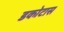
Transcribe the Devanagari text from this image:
डकोटास